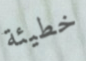
خطيئة